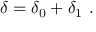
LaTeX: \delta = \delta _ { 0 } + \delta _ { 1 } \ .